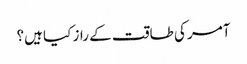
آمر کی طاقت کے راز کیا ہیں؟